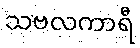
သဗလကာရီ